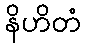
နိဟိတံ